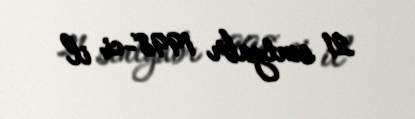
21 sentyabr 1998-ci il